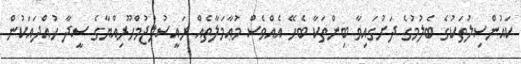
ކައުންސިލުތަކުގެ ބެލުމުގެ ދަށުގައިވާ ބިންތަކާ ބެހޭ އެއްވެސް މުޢާމަލާތެއް ރައީސުލްޖުމްހޫރިއްޔާގެ ސީދާ ހުއްދައަކުން